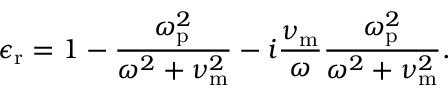
\epsilon _ { \mathrm { r } } = 1 - \frac { \omega _ { \mathrm { p } } ^ { 2 } } { \omega ^ { 2 } + \nu _ { \mathrm { m } } ^ { 2 } } - i \frac { \nu _ { \mathrm { m } } } { \omega } \frac { \omega _ { \mathrm { p } } ^ { 2 } } { \omega ^ { 2 } + \nu _ { \mathrm { m } } ^ { 2 } } .